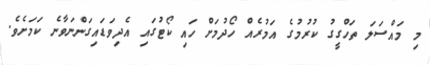
މި މައްސަލަ ތަހްގީގު ކުރުމުގެ އަމުރެއް ހޯދުމަށް ހައި ކޯޓުގައި އެދިވަޑައިގަންނަވާނެ ކަމަށެވެ.